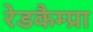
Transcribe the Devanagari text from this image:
रेडकैम्प्रा